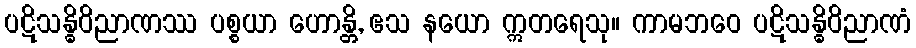
ပဋိသန္ဓိဝိညာဏဿ ပစ္စယာ ဟောန္တိ, ဧသ နယော ဣတရေသု။ ကာမဘဝေ ပဋိသန္ဓိဝိညာဏံ